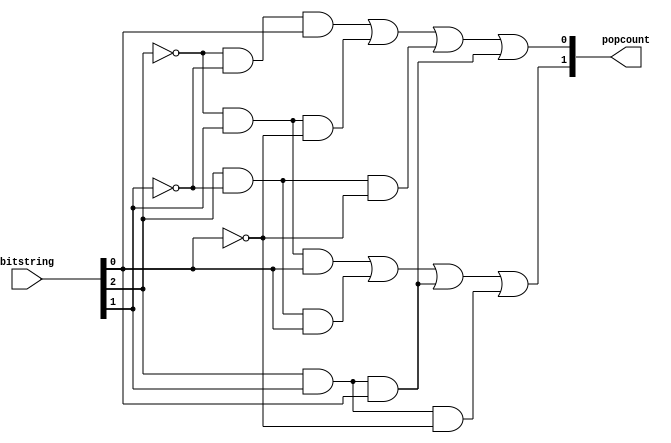
module Popcount(
  input [2:0] bitstring,
  output [1:0] popcount
);

reg [1:0] popcount;
reg a, b, c, d, e, f, g, h;

always @(*) begin
  a = ~bitstring[2] && bitstring[1] && bitstring[0];
  b = bitstring[2] && ~bitstring[1] && bitstring[0];
  c = bitstring[2] && bitstring[1] && bitstring[0];
  d = bitstring[2] && bitstring[1] && ~bitstring[0];
  e = ~bitstring[2] && ~bitstring[1] && bitstring[0];
  f = ~bitstring[2] && bitstring[1] && ~bitstring[0];
  g = bitstring[2] && ~bitstring[1] && ~bitstring[0];
  h = bitstring[2] && bitstring[1] && bitstring[0];

  popcount[1] = a || b || c || d;
  popcount[0] = e || f || g || h;
end

endmodule